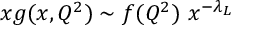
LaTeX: x g ( x , Q ^ { 2 } ) \sim f ( Q ^ { 2 } ) \ x ^ { - \lambda _ { L } }